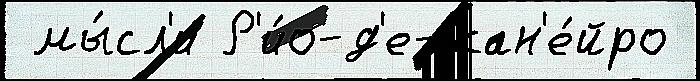
 мы́сл'и Р'и́о-д'е-жан'е́йро